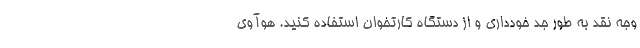
وجه نقد به طور جد خودداری و از دستگاه کارتخوان استفاده کنید. هوآوی